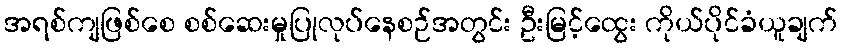
အရစ်ကျဖြစ်စေ စစ်ဆေးမှုပြုလုပ်နေစဉ်အတွင်း ဦးမြင့်ထွေး ကိုယ်ပိုင်ခံယူချက်